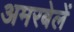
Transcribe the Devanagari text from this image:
अमरबेलें